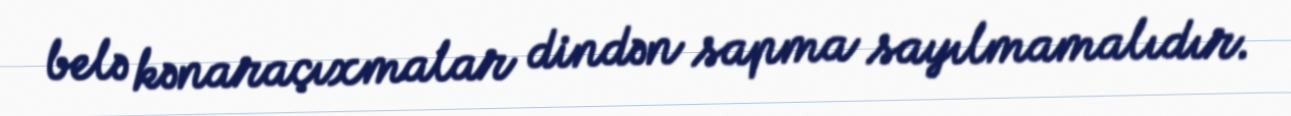
belə kənaraçıxmalar dindən sapma sayılmamalıdır.